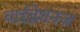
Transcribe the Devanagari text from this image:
वाईब्रेशनज़